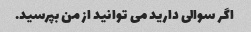
اگر سوالی دارید می توانید از من بپرسید.